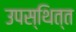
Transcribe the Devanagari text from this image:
उपस्थित्त